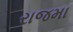
રાજમા